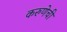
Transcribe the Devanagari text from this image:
करुणेची